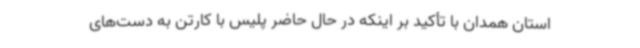
استان همدان با تأکید بر اینکه در حال حاضر پلیس با کارتن به دست‌های